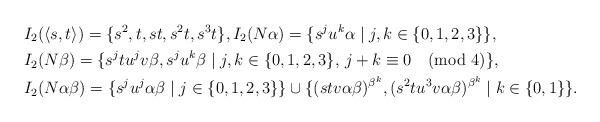
LaTeX: \begin{align*}&I_2(\langle s,t\rangle)=\{s^2,t,st,s^2t,s^3t\},I_2(N\alpha)=\{s^ju^k\alpha\mid j,k\in\{0,1,2,3\}\},\\&I_2(N\beta)=\{s^jtu^jv\beta, s^ju^k\beta\mid j,k\in \{0,1,2,3\},\, j+k\equiv0\pmod{4}\},\\&I_2(N\alpha\beta)=\{s^ju^j\alpha\beta\mid j\in \{0,1,2,3\}\}\cup\{(stv\alpha\beta)^{\beta^k},(s^2tu^3v\alpha\beta)^{\beta^k}\mid k\in\{0,1\}\}.\end{align*}